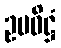
ဥပဝိဋ္ဌံ